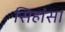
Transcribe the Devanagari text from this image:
सिहांसा